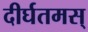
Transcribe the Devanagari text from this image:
दीर्घतमस्‌